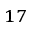
^ { 1 7 }